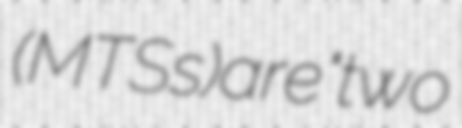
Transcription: (MTSs) are "two